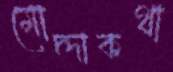
মোদ্দাকথা